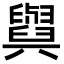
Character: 𦦲